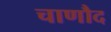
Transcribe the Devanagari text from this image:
चाणौद